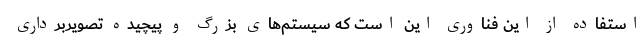
استفاده از این فناوری این است که سیستم‌های بزرگ و پیچیده تصویربرداری